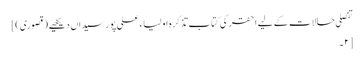
تفصلی حالات کے لیے احقر کی کتاب تذکرہ اولیاء علی پور سیداں دیکھیے (قصوری)]
[۲۔